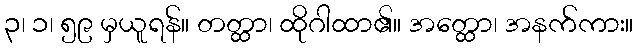
၃၊ ၁၊ ၅၉ မှယူရန်။ တတ္ထာ၊ ထိုဂါထာ၏။ အတ္ထော၊ အနက်ကား။